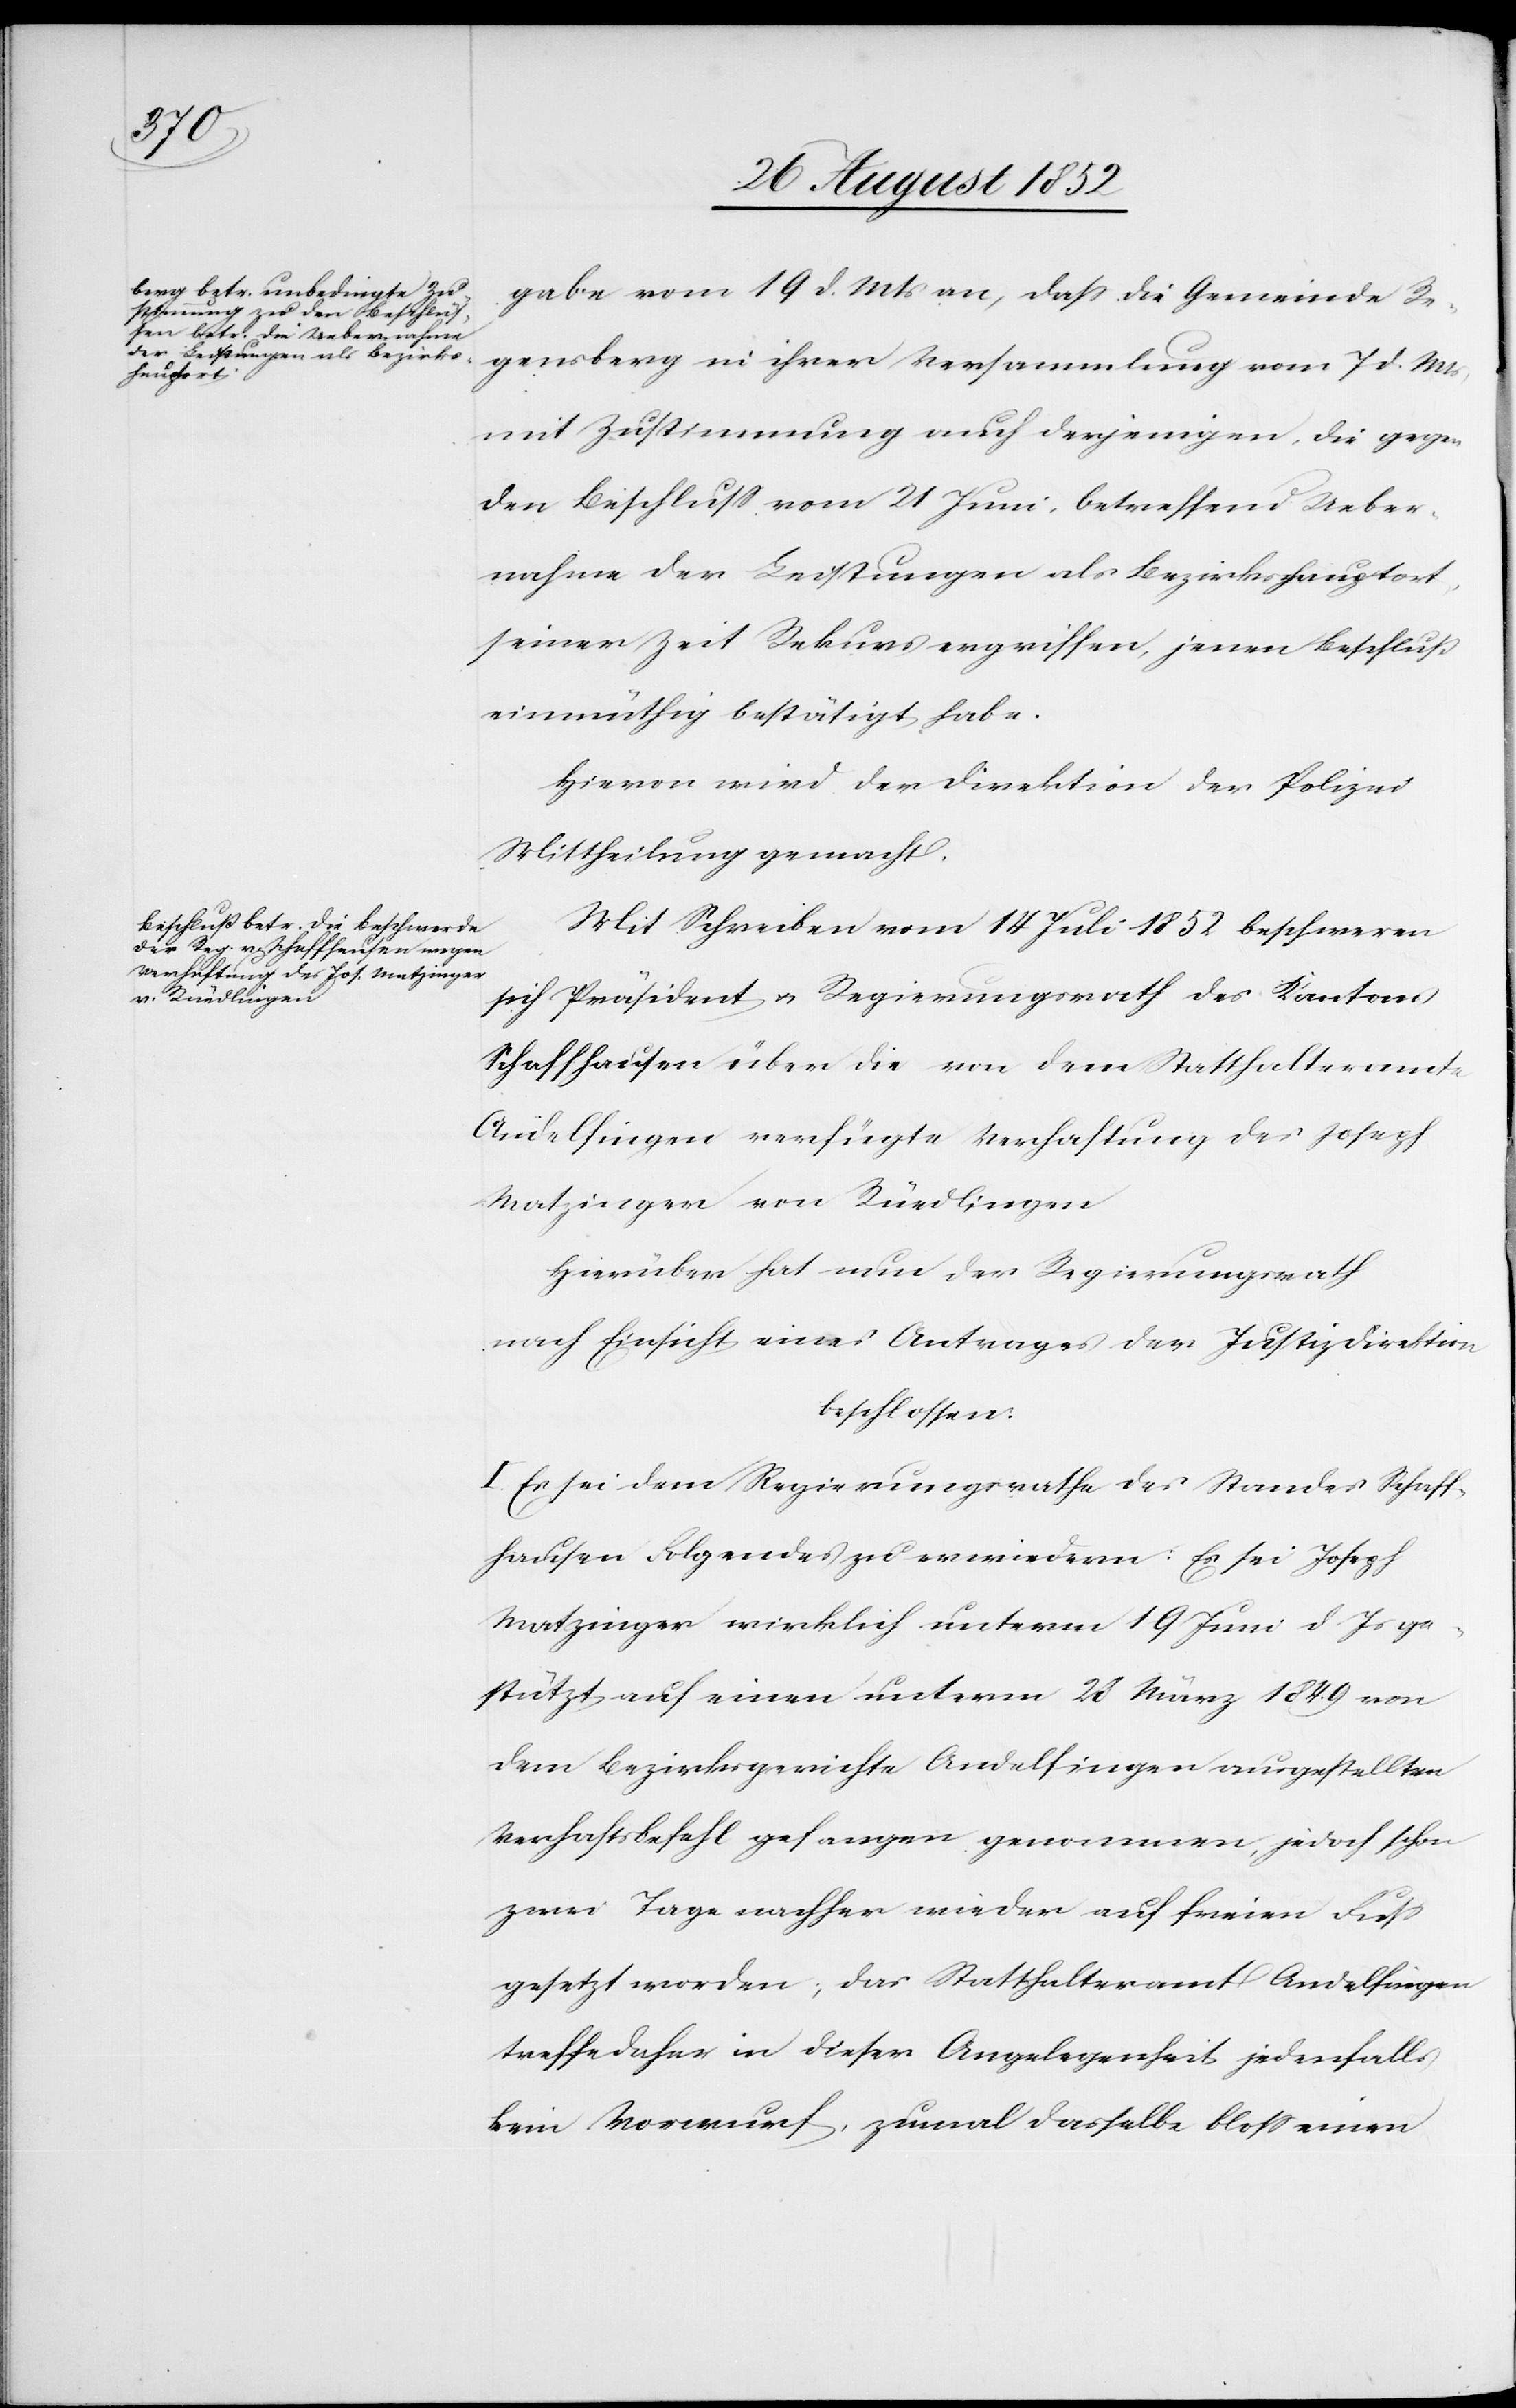
gabe vom 19 d. Mts an, dass die Gemeinde Re¬
gensberg in ihrer Versammlung vom 7 d. Mts,
mit Zustimmung auch derjenigen, die gegen
den Beschluss vom 21 Juni, betreffend Ueber¬
nahme der Leistungen als Bezirkshauptort,
seiner Zeit Rekurs ergriffen, jenen Beschluß
einmüthig bestätigt habe.
Hievon wird der Direktion der Polizei
Mittheilung gemacht.
Mit Schreiben vom 14 Juli 1852 beschweren
sich Präsident & Regierungsrath des Kantons
Schaffhausen über die von dem Statthalteramte
Andelfingen verfügte Verhaftung des Joseph
Matzinger von Rüedlingen
Hierüber hat nun der Regierungsrath
nach Einsicht eines Antrages der Justizdirektion
beschlossen:
I. Es sei dem Regierungsrathe des Standes Schaff¬
hausen Folgendes zu erwiedern: Es sei Joseph
Matzinger wirklich unterm 19 Juni d. Js ge¬
stützt auf einen unterm 28 März 1849 von
dem Bezirksgerichte Andelfingen ausgestellten
Verhaftsbefehl gefangen genommen, jedoch schon
zwei Tage nachher wieder auf freien Fuss
gesetzt worden; das Statthalteramt Andelfingen
treffe daher in dieser Angelegenheit jedenfalls
kein Vorwurf, zumal dasselbe bloss einen